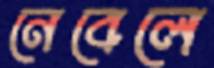
নেবেলে